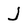
Character: j